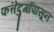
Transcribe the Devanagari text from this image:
फत्तेदुर्गापासून